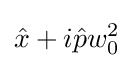
{\hat {x}}+i{\hat {p}}w_{0}^{2}